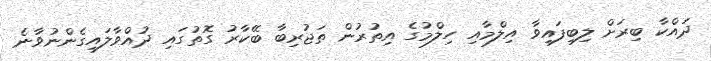
ދައްކާ ބިރަށް ލިބިފައިވާ އިލްމާއި ހިލްމުގެ އިތުރުން ތަޖުރިބާ ބޭކާރު ގޮތުގައި ދުއްވާލައިގެންނުވާނެ